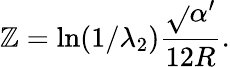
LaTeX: \mathbb{Z}=\ln(1/{\lambda_{2}}){\frac{{\sqrt{}{{\alpha^{\prime}}}}}{{12R}}}.